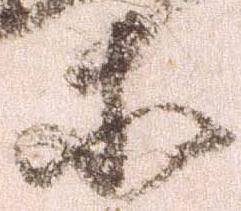
等